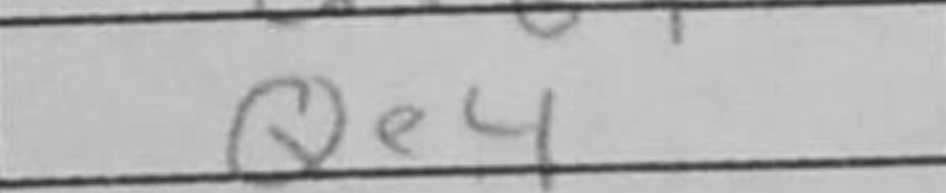
Transcription: Qe4